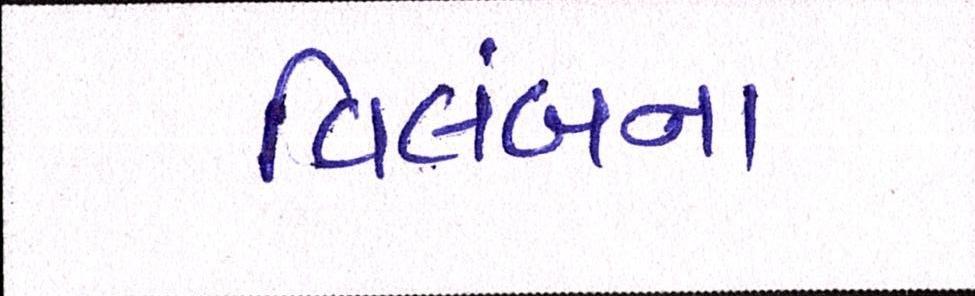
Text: વિલંબના